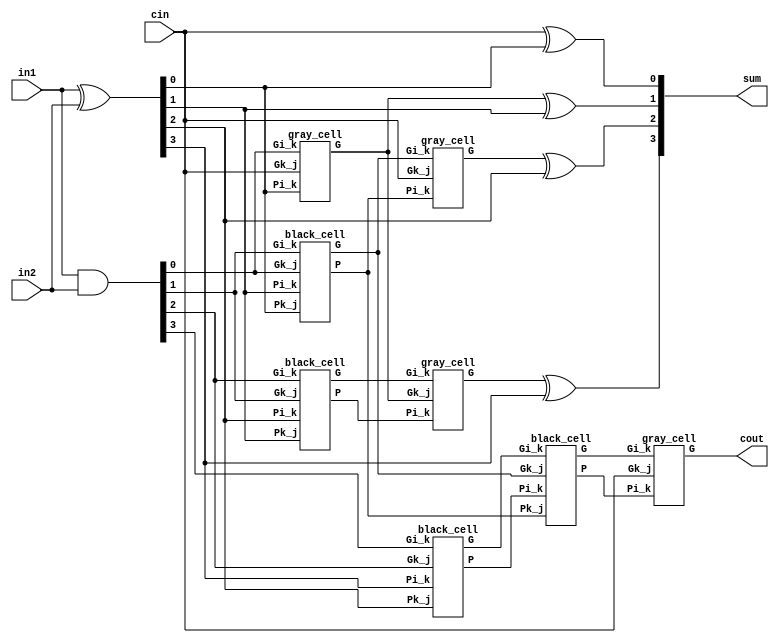
module kogge_stone_4(in1, in2, sum, cin, cout);

    input [3:0] in1, in2; //input
    output [3:0] sum; //output
    input cin; //carry-in
    output cout; //carry-out
    wire [3:0] G_Z, P_Z, //wires
    G_A, P_A,
    G_B, P_B,
    G_C, P_C;

    assign P_Z = in1 ^ in2;
    assign G_Z = in1 & in2;

    gray_cell level_0A(cin, P_Z[0], G_Z[0], G_A[0]);
    black_cell level_1A(G_Z[0], P_Z[1], G_Z[1], P_Z[0], G_A[1], P_A[1]);
    black_cell level_2A(G_Z[1], P_Z[2], G_Z[2], P_Z[1], G_A[2], P_A[2]);
    black_cell level_3A(G_Z[2], P_Z[3], G_Z[3], P_Z[2], G_A[3], P_A[3]);

    gray_cell level_1B(cin, P_A[1], G_A[1], G_B[1]);
    gray_cell level_2B(G_A[0], P_A[2], G_A[2], G_B[2]);
    black_cell level_3B(G_A[1], P_A[3], G_A[3], P_A[1], G_B[3], P_B[3]);

    gray_cell level_3C(cin, P_B[3], G_B[3], cout);

    assign sum[0] = cin    ^ P_Z[0];
    assign sum[1] = G_A[0] ^ P_Z[1];
    assign sum[2] = G_B[1] ^ P_Z[2];
    assign sum[3] = G_B[2] ^ P_Z[3];
endmodule

module gray_cell(Gk_j, Pi_k, Gi_k, G);
    input Gk_j, Pi_k, Gi_k;
    output G;
    wire Y;
    and(Y, Gk_j, Pi_k);
    or(G, Y, Gi_k);
endmodule

module black_cell(Gk_j, Pi_k, Gi_k, Pk_j, G, P);
    input Gk_j, Pi_k, Gi_k, Pk_j;
    output G, P;
    wire Y;
    and(Y, Gk_j, Pi_k);
    or(G, Gi_k, Y);
    and(P, Pk_j, Pi_k);
endmodule